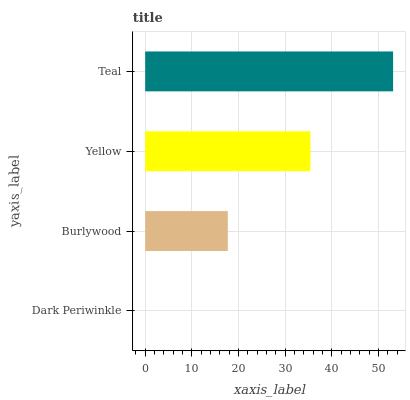
| yaxis_label | bars |
 | --- | --- |
 | Dark Periwinkle | 0 |
 | Burlywood | 17.7 |
 | Yellow | 35.4 |
 | Teal | 53.1 |